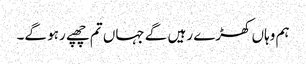
ہم وہاں کھڑے رہیں گے جہاں تم چھپے رہو گے۔